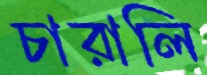
চারালি